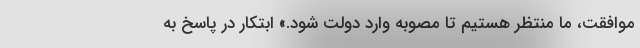
موافقت، ما منتظر هستیم تا مصوبه وارد دولت شود.» ابتکار در پاسخ به